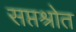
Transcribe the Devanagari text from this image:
सप्तश्रोत